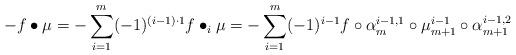
LaTeX: \begin{align*}- f \bullet \mu = - \sum^{m}_{i=1}(-1)^{(i-1)\cdot 1} f \bullet_i \mu = - \sum^{m}_{i=1} (-1)^{i-1} f \circ \alpha^{i-1,1}_m \circ \mu^{i-1}_{m+1} \circ \alpha^{i-1,2}_{m+1} \end{align*}